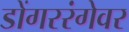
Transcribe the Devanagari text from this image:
डोंगररंगेवर